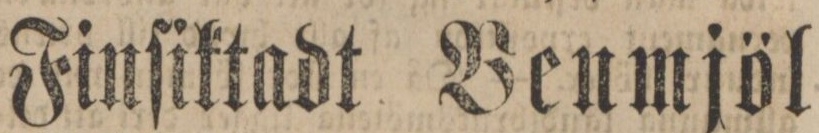
Finſiktadt Benmjöl